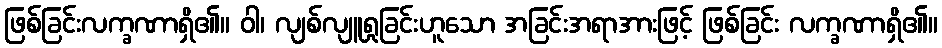
ဖြစ်ခြင်းလက္ခဏာရှိ၏။ ဝါ၊ လျစ်လျူရှုခြင်းဟူသော အခြင်းအရာအားဖြင့် ဖြစ်ခြင်း လက္ခဏာရှိ၏။